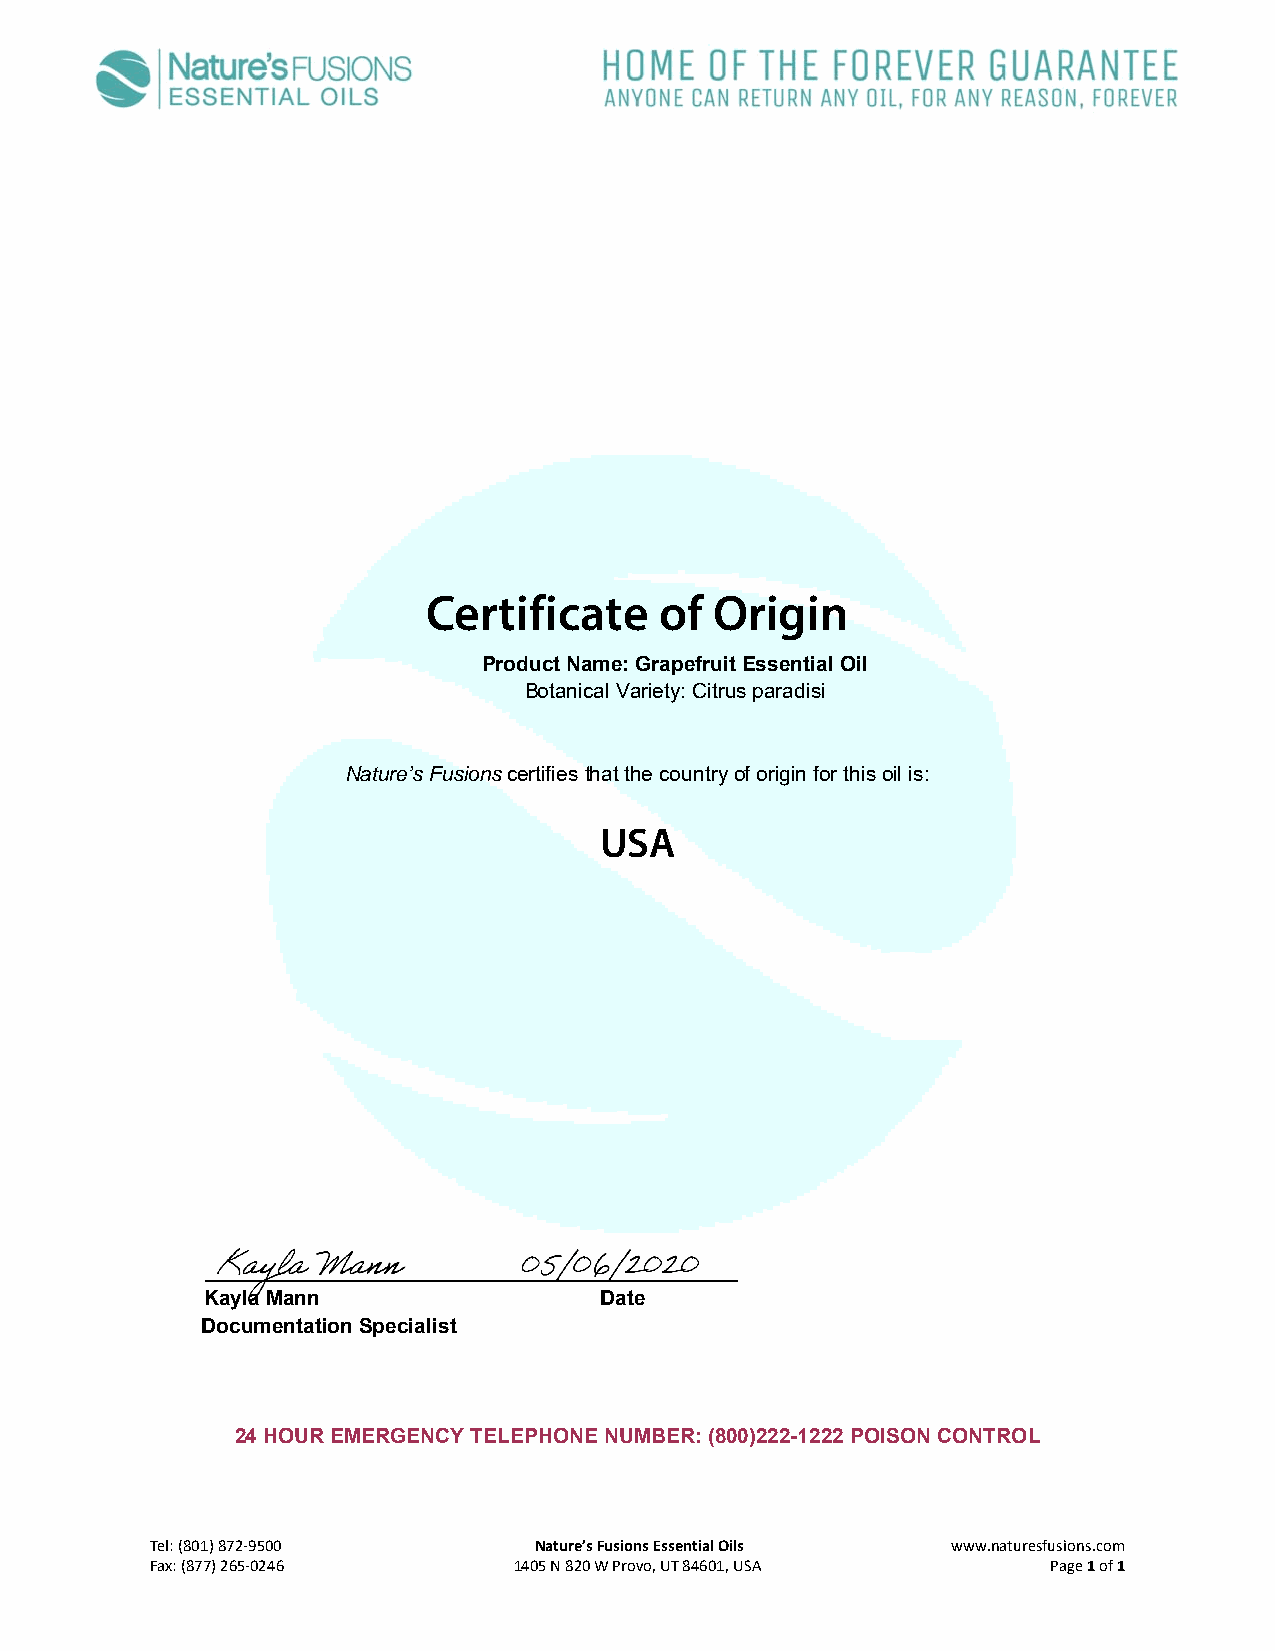
Certificate     of Origin
 Product Name: Grapefruit Essential Oil
 Botanical Variety: Citrus paradisi
 Nature’s Fusions certifies that the country of origin for this oil is:
 USA
 ______________________________________________
 Kayla Mann                Date
 Documentation Specialist
 24 HOUR EMERGENCY TELEPHONE NUMBER: (800)222-1222 POISON CONTROL
 Tel: (801) 872‐9500      Nature’s Fusions Essential Oils www.naturesfusions.com
 Fax: (877) 265‐0246     1405 N 820 W Provo, UT 84601, USA   Page 1 of 1